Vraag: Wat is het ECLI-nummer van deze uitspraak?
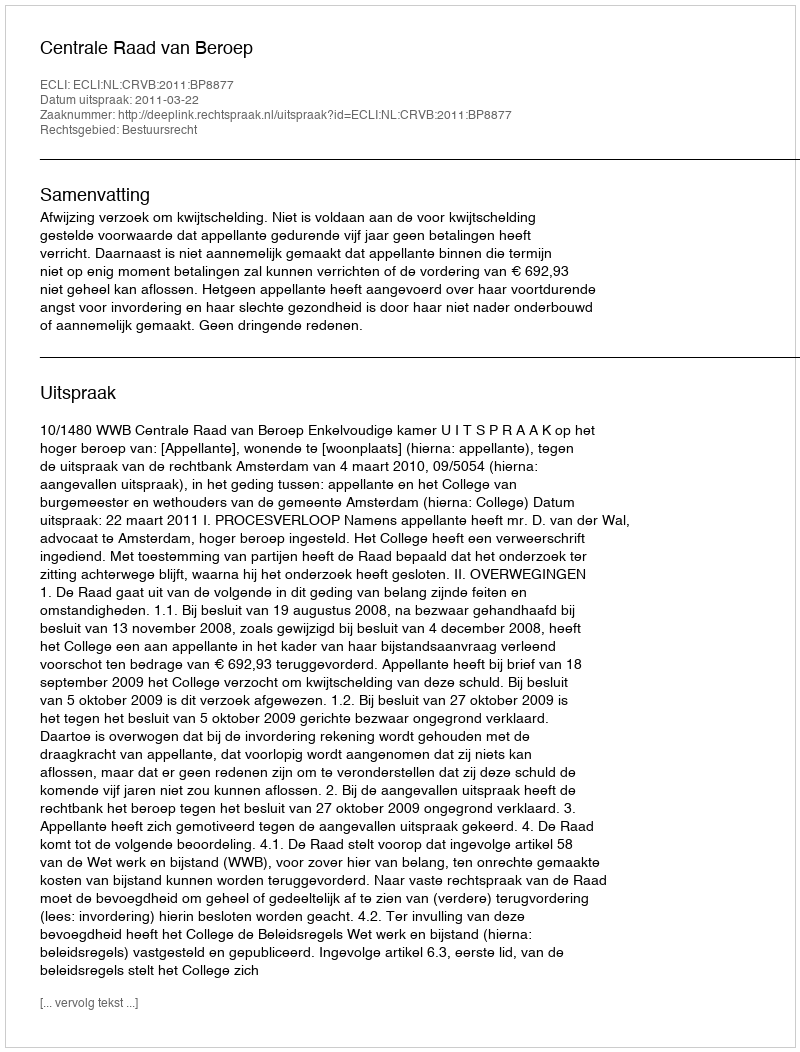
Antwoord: ECLI:NL:CRVB:2011:BP8877